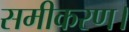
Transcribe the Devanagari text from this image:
समीकरण।